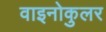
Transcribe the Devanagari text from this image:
वाइनोकुलर